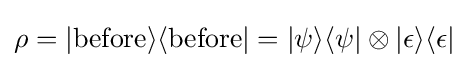
\rho =|{\text{before}}\rangle \langle {\text{before}}|=|\psi \rangle \langle \psi |\otimes |\epsilon \rangle \langle \epsilon |